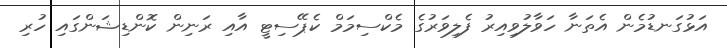
އަޅުގަނޑުމެން އެތަނާ ހަވާލުވިއިރު ފެލިވަރުގެ މެކްސިމަމް ކެޕޭސިޓީ އާއި ރަނިން ކޮންޑިޝަންގައި ހުރި